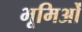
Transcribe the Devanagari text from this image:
भूमिओं